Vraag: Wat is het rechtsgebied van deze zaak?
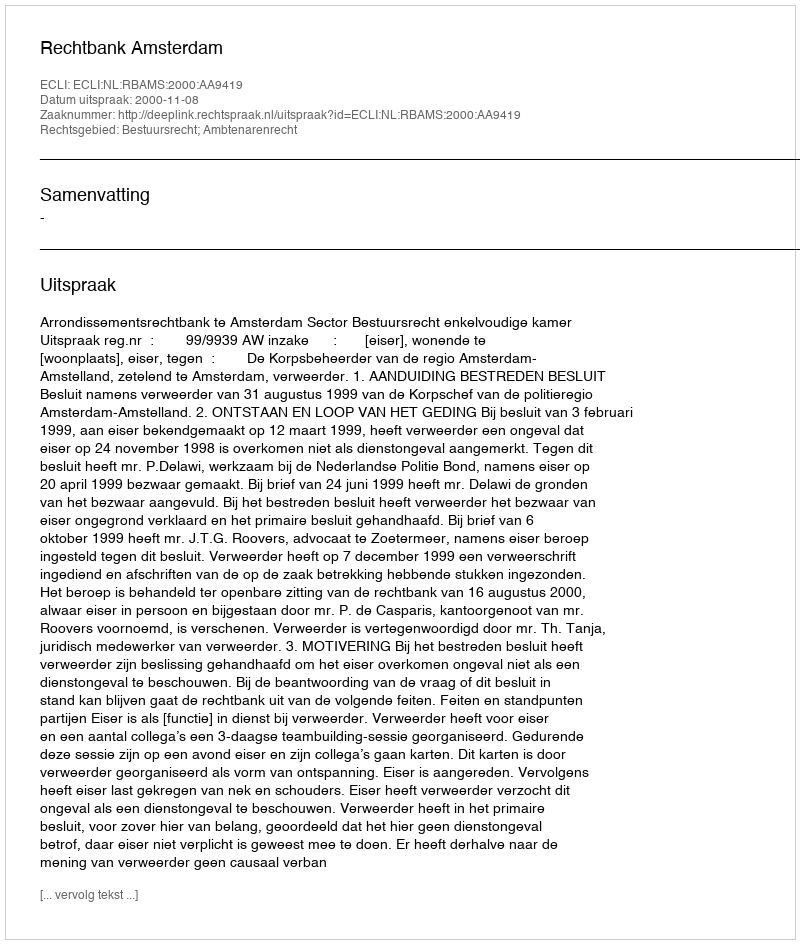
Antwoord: Bestuursrecht; Ambtenarenrecht